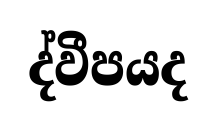
ද්වීපයද